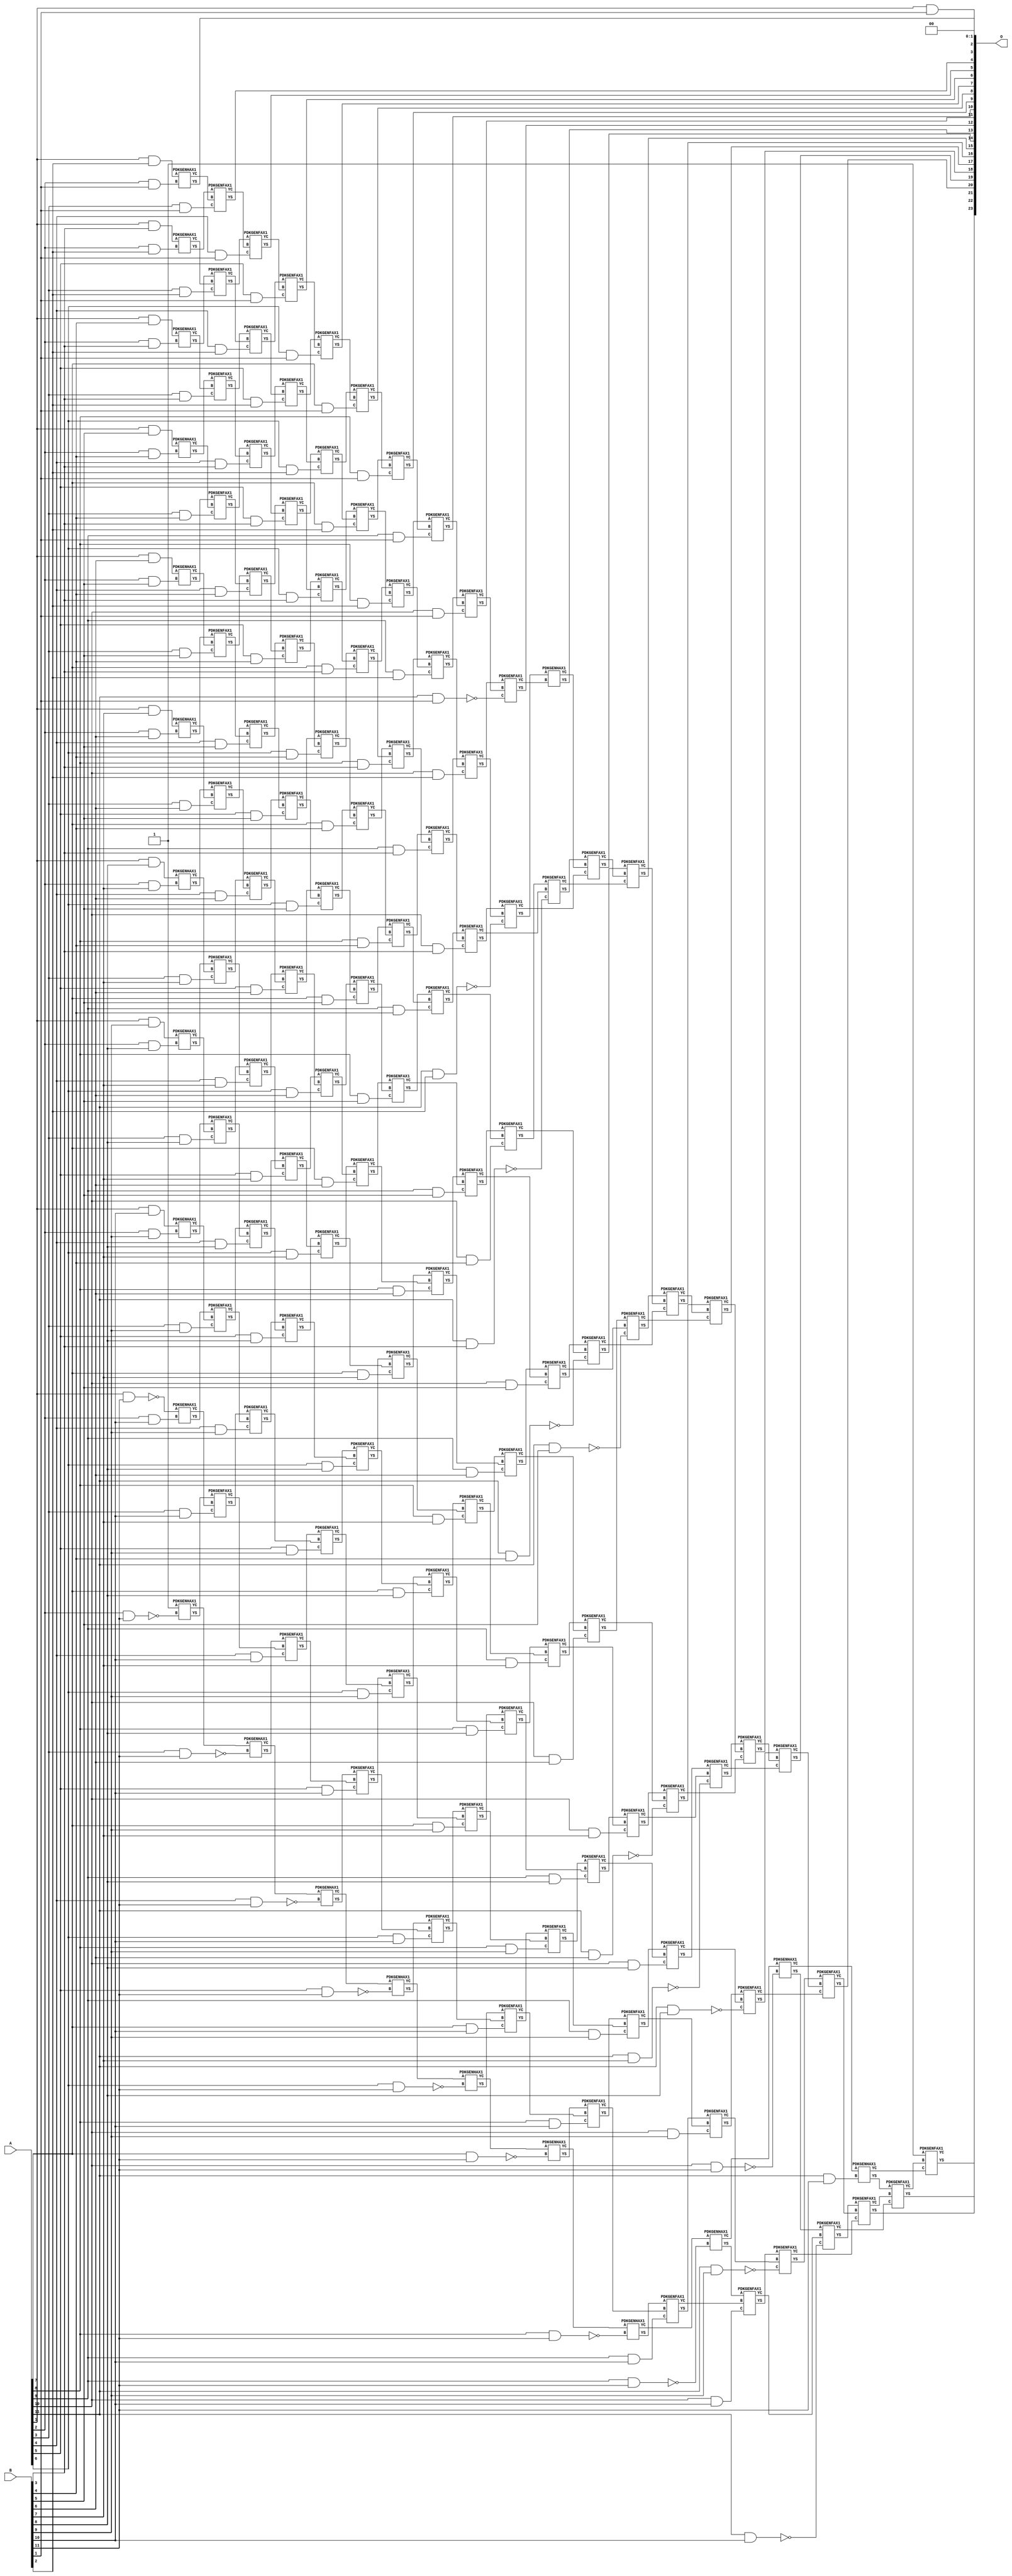
/***
* This code is a part of EvoApproxLib library (ehw.fit.vutbr.cz/approxlib) distributed under The MIT License.
* When used, please cite the following article(s): V. Mrazek, Z. Vasicek, L. Sekanina, H. Jiang and J. Han, "Scalable Construction of Approximate Multipliers With Formally Guaranteed Worst Case Error" in IEEE Transactions on Very Large Scale Integration (VLSI) Systems, vol. 26, no. 11, pp. 2572-2576, Nov. 2018. doi: 10.1109/TVLSI.2018.2856362 
* This file contains a circuit from a sub-set of pareto optimal circuits with respect to the pwr and ep parameters
***/
// MAE% = 0.0051 %
// MAE = 853 
// WCE% = 0.024 %
// WCE = 4095 
// WCRE% = 300.00 %
// EP% = 74.98 %
// MRE% = 0.41 %
// MSE = 13981.017e2 
// PDK45_PWR = 0.965 mW
// PDK45_AREA = 1385.4 um2
// PDK45_DELAY = 2.13 ns


module mul12s_35J ( A, B, O );
  input [11:0] A;
  input [11:0] B;
  output [23:0] O;

  wire C_10_1,C_10_10,C_10_11,C_10_2,C_10_3,C_10_4,C_10_5,C_10_6,C_10_7,C_10_8,C_10_9,C_11_1,C_11_10,C_11_11,C_11_2,C_11_3,C_11_4,C_11_5,C_11_6,C_11_7,C_11_8,C_11_9,C_12_1,C_12_10,C_12_11,C_12_2,C_12_3,C_12_4,C_12_5,C_12_6,C_12_7,C_12_8,C_12_9,C_2_1,C_2_10,C_2_11,C_2_2,C_2_3,C_2_4,C_2_5,C_2_6,C_2_7,C_2_8,C_2_9,C_3_1,C_3_10,C_3_11,C_3_2,C_3_3,C_3_4,C_3_5,C_3_6,C_3_7,C_3_8,C_3_9,C_4_1,C_4_10,C_4_11,C_4_2,C_4_3,C_4_4,C_4_5,C_4_6,C_4_7,C_4_8,C_4_9,C_5_1,C_5_10,C_5_11,C_5_2,C_5_3,C_5_4,C_5_5,C_5_6,C_5_7,C_5_8,C_5_9,C_6_1,C_6_10,C_6_11,C_6_2,C_6_3,C_6_4,C_6_5,C_6_6,C_6_7,C_6_8,C_6_9,C_7_1,C_7_10,C_7_11,C_7_2,C_7_3,C_7_4,C_7_5,C_7_6,C_7_7,C_7_8,C_7_9,C_8_1,C_8_10,C_8_11,C_8_2,C_8_3,C_8_4,C_8_5,C_8_6,C_8_7,C_8_8,C_8_9,C_9_1,C_9_10,C_9_11,C_9_2,C_9_3,C_9_4,C_9_5,C_9_6,C_9_7,C_9_8,C_9_9,S_10_0,S_10_1,S_10_10,S_10_11,S_10_2,S_10_3,S_10_4,S_10_5,S_10_6,S_10_7,S_10_8,S_10_9,S_11_0,S_11_1,S_11_10,S_11_11,S_11_2,S_11_3,S_11_4,S_11_5,S_11_6,S_11_7,S_11_8,S_11_9,S_12_0,S_12_1,S_12_10,S_12_11,S_12_2,S_12_3,S_12_4,S_12_5,S_12_6,S_12_7,S_12_8,S_12_9,S_1_1,S_1_10,S_1_11,S_1_2,S_1_3,S_1_4,S_1_5,S_1_6,S_1_7,S_1_8,S_1_9,S_2_0,S_2_1,S_2_10,S_2_11,S_2_2,S_2_3,S_2_4,S_2_5,S_2_6,S_2_7,S_2_8,S_2_9,S_3_0,S_3_1,S_3_10,S_3_11,S_3_2,S_3_3,S_3_4,S_3_5,S_3_6,S_3_7,S_3_8,S_3_9,S_4_0,S_4_1,S_4_10,S_4_11,S_4_2,S_4_3,S_4_4,S_4_5,S_4_6,S_4_7,S_4_8,S_4_9,S_5_0,S_5_1,S_5_10,S_5_11,S_5_2,S_5_3,S_5_4,S_5_5,S_5_6,S_5_7,S_5_8,S_5_9,S_6_0,S_6_1,S_6_10,S_6_11,S_6_2,S_6_3,S_6_4,S_6_5,S_6_6,S_6_7,S_6_8,S_6_9,S_7_0,S_7_1,S_7_10,S_7_11,S_7_2,S_7_3,S_7_4,S_7_5,S_7_6,S_7_7,S_7_8,S_7_9,S_8_0,S_8_1,S_8_10,S_8_11,S_8_2,S_8_3,S_8_4,S_8_5,S_8_6,S_8_7,S_8_8,S_8_9,S_9_0,S_9_1,S_9_10,S_9_11,S_9_2,S_9_3,S_9_4,S_9_5,S_9_6,S_9_7,S_9_8,S_9_9;

  assign S_1_1 = (A[1] & B[1]);
  assign S_1_2 = (A[1] & B[2]);
  assign S_1_3 = (A[1] & B[3]);
  assign S_1_4 = (A[1] & B[4]);
  assign S_1_5 = (A[1] & B[5]);
  assign S_1_6 = (A[1] & B[6]);
  assign S_1_7 = (A[1] & B[7]);
  assign S_1_8 = (A[1] & B[8]);
  assign S_1_9 = (A[1] & B[9]);
  assign S_1_10 = (A[1] & B[10]);
  assign S_1_11 = ~(A[1] & B[11]);
  assign S_2_0 = S_1_1;
  PDKGENHAX1 U1490 (.A(S_1_2), .B((A[2] & B[1])), .YS(S_2_1), .YC(C_2_1));
  PDKGENHAX1 U1491 (.A(S_1_3), .B((A[2] & B[2])), .YS(S_2_2), .YC(C_2_2));
  PDKGENHAX1 U1492 (.A(S_1_4), .B((A[2] & B[3])), .YS(S_2_3), .YC(C_2_3));
  PDKGENHAX1 U1493 (.A(S_1_5), .B((A[2] & B[4])), .YS(S_2_4), .YC(C_2_4));
  PDKGENHAX1 U1494 (.A(S_1_6), .B((A[2] & B[5])), .YS(S_2_5), .YC(C_2_5));
  PDKGENHAX1 U1495 (.A(S_1_7), .B((A[2] & B[6])), .YS(S_2_6), .YC(C_2_6));
  PDKGENHAX1 U1496 (.A(S_1_8), .B((A[2] & B[7])), .YS(S_2_7), .YC(C_2_7));
  PDKGENHAX1 U1497 (.A(S_1_9), .B((A[2] & B[8])), .YS(S_2_8), .YC(C_2_8));
  PDKGENHAX1 U1498 (.A(S_1_10), .B((A[2] & B[9])), .YS(S_2_9), .YC(C_2_9));
  PDKGENHAX1 U1499 (.A(S_1_11), .B((A[2] & B[10])), .YS(S_2_10), .YC(C_2_10));
  PDKGENHAX1 U1500 (.A(1'b1), .B(~(A[2] & B[11])), .YS(S_2_11), .YC(C_2_11));
  assign S_3_0 = S_2_1;
  PDKGENFAX1 U1502 (.A(S_2_2), .B(C_2_1), .C((A[3] & B[1])), .YS(S_3_1), .YC(C_3_1));
  PDKGENFAX1 U1503 (.A(S_2_3), .B(C_2_2), .C((A[3] & B[2])), .YS(S_3_2), .YC(C_3_2));
  PDKGENFAX1 U1504 (.A(S_2_4), .B(C_2_3), .C((A[3] & B[3])), .YS(S_3_3), .YC(C_3_3));
  PDKGENFAX1 U1505 (.A(S_2_5), .B(C_2_4), .C((A[3] & B[4])), .YS(S_3_4), .YC(C_3_4));
  PDKGENFAX1 U1506 (.A(S_2_6), .B(C_2_5), .C((A[3] & B[5])), .YS(S_3_5), .YC(C_3_5));
  PDKGENFAX1 U1507 (.A(S_2_7), .B(C_2_6), .C((A[3] & B[6])), .YS(S_3_6), .YC(C_3_6));
  PDKGENFAX1 U1508 (.A(S_2_8), .B(C_2_7), .C((A[3] & B[7])), .YS(S_3_7), .YC(C_3_7));
  PDKGENFAX1 U1509 (.A(S_2_9), .B(C_2_8), .C((A[3] & B[8])), .YS(S_3_8), .YC(C_3_8));
  PDKGENFAX1 U1510 (.A(S_2_10), .B(C_2_9), .C((A[3] & B[9])), .YS(S_3_9), .YC(C_3_9));
  PDKGENFAX1 U1511 (.A(S_2_11), .B(C_2_10), .C((A[3] & B[10])), .YS(S_3_10), .YC(C_3_10));
  PDKGENHAX1 U1512 (.A(C_2_11), .B(~(A[3] & B[11])), .YS(S_3_11), .YC(C_3_11));
  assign S_4_0 = S_3_1;
  PDKGENFAX1 U1514 (.A(S_3_2), .B(C_3_1), .C((A[4] & B[1])), .YS(S_4_1), .YC(C_4_1));
  PDKGENFAX1 U1515 (.A(S_3_3), .B(C_3_2), .C((A[4] & B[2])), .YS(S_4_2), .YC(C_4_2));
  PDKGENFAX1 U1516 (.A(S_3_4), .B(C_3_3), .C((A[4] & B[3])), .YS(S_4_3), .YC(C_4_3));
  PDKGENFAX1 U1517 (.A(S_3_5), .B(C_3_4), .C((A[4] & B[4])), .YS(S_4_4), .YC(C_4_4));
  PDKGENFAX1 U1518 (.A(S_3_6), .B(C_3_5), .C((A[4] & B[5])), .YS(S_4_5), .YC(C_4_5));
  PDKGENFAX1 U1519 (.A(S_3_7), .B(C_3_6), .C((A[4] & B[6])), .YS(S_4_6), .YC(C_4_6));
  PDKGENFAX1 U1520 (.A(S_3_8), .B(C_3_7), .C((A[4] & B[7])), .YS(S_4_7), .YC(C_4_7));
  PDKGENFAX1 U1521 (.A(S_3_9), .B(C_3_8), .C((A[4] & B[8])), .YS(S_4_8), .YC(C_4_8));
  PDKGENFAX1 U1522 (.A(S_3_10), .B(C_3_9), .C((A[4] & B[9])), .YS(S_4_9), .YC(C_4_9));
  PDKGENFAX1 U1523 (.A(S_3_11), .B(C_3_10), .C((A[4] & B[10])), .YS(S_4_10), .YC(C_4_10));
  PDKGENHAX1 U1524 (.A(C_3_11), .B(~(A[4] & B[11])), .YS(S_4_11), .YC(C_4_11));
  assign S_5_0 = S_4_1;
  PDKGENFAX1 U1526 (.A(S_4_2), .B(C_4_1), .C((A[5] & B[1])), .YS(S_5_1), .YC(C_5_1));
  PDKGENFAX1 U1527 (.A(S_4_3), .B(C_4_2), .C((A[5] & B[2])), .YS(S_5_2), .YC(C_5_2));
  PDKGENFAX1 U1528 (.A(S_4_4), .B(C_4_3), .C((A[5] & B[3])), .YS(S_5_3), .YC(C_5_3));
  PDKGENFAX1 U1529 (.A(S_4_5), .B(C_4_4), .C((A[5] & B[4])), .YS(S_5_4), .YC(C_5_4));
  PDKGENFAX1 U1530 (.A(S_4_6), .B(C_4_5), .C((A[5] & B[5])), .YS(S_5_5), .YC(C_5_5));
  PDKGENFAX1 U1531 (.A(S_4_7), .B(C_4_6), .C((A[5] & B[6])), .YS(S_5_6), .YC(C_5_6));
  PDKGENFAX1 U1532 (.A(S_4_8), .B(C_4_7), .C((A[5] & B[7])), .YS(S_5_7), .YC(C_5_7));
  PDKGENFAX1 U1533 (.A(S_4_9), .B(C_4_8), .C((A[5] & B[8])), .YS(S_5_8), .YC(C_5_8));
  PDKGENFAX1 U1534 (.A(S_4_10), .B(C_4_9), .C((A[5] & B[9])), .YS(S_5_9), .YC(C_5_9));
  PDKGENFAX1 U1535 (.A(S_4_11), .B(C_4_10), .C((A[5] & B[10])), .YS(S_5_10), .YC(C_5_10));
  PDKGENHAX1 U1536 (.A(C_4_11), .B(~(A[5] & B[11])), .YS(S_5_11), .YC(C_5_11));
  assign S_6_0 = S_5_1;
  PDKGENFAX1 U1538 (.A(S_5_2), .B(C_5_1), .C((A[6] & B[1])), .YS(S_6_1), .YC(C_6_1));
  PDKGENFAX1 U1539 (.A(S_5_3), .B(C_5_2), .C((A[6] & B[2])), .YS(S_6_2), .YC(C_6_2));
  PDKGENFAX1 U1540 (.A(S_5_4), .B(C_5_3), .C((A[6] & B[3])), .YS(S_6_3), .YC(C_6_3));
  PDKGENFAX1 U1541 (.A(S_5_5), .B(C_5_4), .C((A[6] & B[4])), .YS(S_6_4), .YC(C_6_4));
  PDKGENFAX1 U1542 (.A(S_5_6), .B(C_5_5), .C((A[6] & B[5])), .YS(S_6_5), .YC(C_6_5));
  PDKGENFAX1 U1543 (.A(S_5_7), .B(C_5_6), .C((A[6] & B[6])), .YS(S_6_6), .YC(C_6_6));
  PDKGENFAX1 U1544 (.A(S_5_8), .B(C_5_7), .C((A[6] & B[7])), .YS(S_6_7), .YC(C_6_7));
  PDKGENFAX1 U1545 (.A(S_5_9), .B(C_5_8), .C((A[6] & B[8])), .YS(S_6_8), .YC(C_6_8));
  PDKGENFAX1 U1546 (.A(S_5_10), .B(C_5_9), .C((A[6] & B[9])), .YS(S_6_9), .YC(C_6_9));
  PDKGENFAX1 U1547 (.A(S_5_11), .B(C_5_10), .C((A[6] & B[10])), .YS(S_6_10), .YC(C_6_10));
  PDKGENHAX1 U1548 (.A(C_5_11), .B(~(A[6] & B[11])), .YS(S_6_11), .YC(C_6_11));
  assign S_7_0 = S_6_1;
  PDKGENFAX1 U1550 (.A(S_6_2), .B(C_6_1), .C((A[7] & B[1])), .YS(S_7_1), .YC(C_7_1));
  PDKGENFAX1 U1551 (.A(S_6_3), .B(C_6_2), .C((A[7] & B[2])), .YS(S_7_2), .YC(C_7_2));
  PDKGENFAX1 U1552 (.A(S_6_4), .B(C_6_3), .C((A[7] & B[3])), .YS(S_7_3), .YC(C_7_3));
  PDKGENFAX1 U1553 (.A(S_6_5), .B(C_6_4), .C((A[7] & B[4])), .YS(S_7_4), .YC(C_7_4));
  PDKGENFAX1 U1554 (.A(S_6_6), .B(C_6_5), .C((A[7] & B[5])), .YS(S_7_5), .YC(C_7_5));
  PDKGENFAX1 U1555 (.A(S_6_7), .B(C_6_6), .C((A[7] & B[6])), .YS(S_7_6), .YC(C_7_6));
  PDKGENFAX1 U1556 (.A(S_6_8), .B(C_6_7), .C((A[7] & B[7])), .YS(S_7_7), .YC(C_7_7));
  PDKGENFAX1 U1557 (.A(S_6_9), .B(C_6_8), .C((A[7] & B[8])), .YS(S_7_8), .YC(C_7_8));
  PDKGENFAX1 U1558 (.A(S_6_10), .B(C_6_9), .C((A[7] & B[9])), .YS(S_7_9), .YC(C_7_9));
  PDKGENFAX1 U1559 (.A(S_6_11), .B(C_6_10), .C((A[7] & B[10])), .YS(S_7_10), .YC(C_7_10));
  PDKGENHAX1 U1560 (.A(C_6_11), .B(~(A[7] & B[11])), .YS(S_7_11), .YC(C_7_11));
  assign S_8_0 = S_7_1;
  PDKGENFAX1 U1562 (.A(S_7_2), .B(C_7_1), .C((A[8] & B[1])), .YS(S_8_1), .YC(C_8_1));
  PDKGENFAX1 U1563 (.A(S_7_3), .B(C_7_2), .C((A[8] & B[2])), .YS(S_8_2), .YC(C_8_2));
  PDKGENFAX1 U1564 (.A(S_7_4), .B(C_7_3), .C((A[8] & B[3])), .YS(S_8_3), .YC(C_8_3));
  PDKGENFAX1 U1565 (.A(S_7_5), .B(C_7_4), .C((A[8] & B[4])), .YS(S_8_4), .YC(C_8_4));
  PDKGENFAX1 U1566 (.A(S_7_6), .B(C_7_5), .C((A[8] & B[5])), .YS(S_8_5), .YC(C_8_5));
  PDKGENFAX1 U1567 (.A(S_7_7), .B(C_7_6), .C((A[8] & B[6])), .YS(S_8_6), .YC(C_8_6));
  PDKGENFAX1 U1568 (.A(S_7_8), .B(C_7_7), .C((A[8] & B[7])), .YS(S_8_7), .YC(C_8_7));
  PDKGENFAX1 U1569 (.A(S_7_9), .B(C_7_8), .C((A[8] & B[8])), .YS(S_8_8), .YC(C_8_8));
  PDKGENFAX1 U1570 (.A(S_7_10), .B(C_7_9), .C((A[8] & B[9])), .YS(S_8_9), .YC(C_8_9));
  PDKGENFAX1 U1571 (.A(S_7_11), .B(C_7_10), .C((A[8] & B[10])), .YS(S_8_10), .YC(C_8_10));
  PDKGENHAX1 U1572 (.A(C_7_11), .B(~(A[8] & B[11])), .YS(S_8_11), .YC(C_8_11));
  assign S_9_0 = S_8_1;
  PDKGENFAX1 U1574 (.A(S_8_2), .B(C_8_1), .C((A[9] & B[1])), .YS(S_9_1), .YC(C_9_1));
  PDKGENFAX1 U1575 (.A(S_8_3), .B(C_8_2), .C((A[9] & B[2])), .YS(S_9_2), .YC(C_9_2));
  PDKGENFAX1 U1576 (.A(S_8_4), .B(C_8_3), .C((A[9] & B[3])), .YS(S_9_3), .YC(C_9_3));
  PDKGENFAX1 U1577 (.A(S_8_5), .B(C_8_4), .C((A[9] & B[4])), .YS(S_9_4), .YC(C_9_4));
  PDKGENFAX1 U1578 (.A(S_8_6), .B(C_8_5), .C((A[9] & B[5])), .YS(S_9_5), .YC(C_9_5));
  PDKGENFAX1 U1579 (.A(S_8_7), .B(C_8_6), .C((A[9] & B[6])), .YS(S_9_6), .YC(C_9_6));
  PDKGENFAX1 U1580 (.A(S_8_8), .B(C_8_7), .C((A[9] & B[7])), .YS(S_9_7), .YC(C_9_7));
  PDKGENFAX1 U1581 (.A(S_8_9), .B(C_8_8), .C((A[9] & B[8])), .YS(S_9_8), .YC(C_9_8));
  PDKGENFAX1 U1582 (.A(S_8_10), .B(C_8_9), .C((A[9] & B[9])), .YS(S_9_9), .YC(C_9_9));
  PDKGENFAX1 U1583 (.A(S_8_11), .B(C_8_10), .C((A[9] & B[10])), .YS(S_9_10), .YC(C_9_10));
  PDKGENHAX1 U1584 (.A(C_8_11), .B(~(A[9] & B[11])), .YS(S_9_11), .YC(C_9_11));
  assign S_10_0 = S_9_1;
  PDKGENFAX1 U1586 (.A(S_9_2), .B(C_9_1), .C((A[10] & B[1])), .YS(S_10_1), .YC(C_10_1));
  PDKGENFAX1 U1587 (.A(S_9_3), .B(C_9_2), .C((A[10] & B[2])), .YS(S_10_2), .YC(C_10_2));
  PDKGENFAX1 U1588 (.A(S_9_4), .B(C_9_3), .C((A[10] & B[3])), .YS(S_10_3), .YC(C_10_3));
  PDKGENFAX1 U1589 (.A(S_9_5), .B(C_9_4), .C((A[10] & B[4])), .YS(S_10_4), .YC(C_10_4));
  PDKGENFAX1 U1590 (.A(S_9_6), .B(C_9_5), .C((A[10] & B[5])), .YS(S_10_5), .YC(C_10_5));
  PDKGENFAX1 U1591 (.A(S_9_7), .B(C_9_6), .C((A[10] & B[6])), .YS(S_10_6), .YC(C_10_6));
  PDKGENFAX1 U1592 (.A(S_9_8), .B(C_9_7), .C((A[10] & B[7])), .YS(S_10_7), .YC(C_10_7));
  PDKGENFAX1 U1593 (.A(S_9_9), .B(C_9_8), .C((A[10] & B[8])), .YS(S_10_8), .YC(C_10_8));
  PDKGENFAX1 U1594 (.A(S_9_10), .B(C_9_9), .C((A[10] & B[9])), .YS(S_10_9), .YC(C_10_9));
  PDKGENFAX1 U1595 (.A(S_9_11), .B(C_9_10), .C((A[10] & B[10])), .YS(S_10_10), .YC(C_10_10));
  PDKGENHAX1 U1596 (.A(C_9_11), .B(~(A[10] & B[11])), .YS(S_10_11), .YC(C_10_11));
  assign S_11_0 = S_10_1;
  PDKGENFAX1 U1598 (.A(S_10_2), .B(C_10_1), .C(~(A[11] & B[1])), .YS(S_11_1), .YC(C_11_1));
  PDKGENFAX1 U1599 (.A(S_10_3), .B(C_10_2), .C(~(A[11] & B[2])), .YS(S_11_2), .YC(C_11_2));
  PDKGENFAX1 U1600 (.A(S_10_4), .B(C_10_3), .C(~(A[11] & B[3])), .YS(S_11_3), .YC(C_11_3));
  PDKGENFAX1 U1601 (.A(S_10_5), .B(C_10_4), .C(~(A[11] & B[4])), .YS(S_11_4), .YC(C_11_4));
  PDKGENFAX1 U1602 (.A(S_10_6), .B(C_10_5), .C(~(A[11] & B[5])), .YS(S_11_5), .YC(C_11_5));
  PDKGENFAX1 U1603 (.A(S_10_7), .B(C_10_6), .C(~(A[11] & B[6])), .YS(S_11_6), .YC(C_11_6));
  PDKGENFAX1 U1604 (.A(S_10_8), .B(C_10_7), .C(~(A[11] & B[7])), .YS(S_11_7), .YC(C_11_7));
  PDKGENFAX1 U1605 (.A(S_10_9), .B(C_10_8), .C(~(A[11] & B[8])), .YS(S_11_8), .YC(C_11_8));
  PDKGENFAX1 U1606 (.A(S_10_10), .B(C_10_9), .C(~(A[11] & B[9])), .YS(S_11_9), .YC(C_11_9));
  PDKGENFAX1 U1607 (.A(S_10_11), .B(C_10_10), .C(~(A[11] & B[10])), .YS(S_11_10), .YC(C_11_10));
  PDKGENHAX1 U1608 (.A(C_10_11), .B((A[11] & B[11])), .YS(S_11_11), .YC(C_11_11));
  assign S_12_0 = S_11_1;
  PDKGENHAX1 U1610 (.A(S_11_2), .B(C_11_1), .YS(S_12_1), .YC(C_12_1));
  PDKGENFAX1 U1611 (.A(S_11_3), .B(C_12_1), .C(C_11_2), .YS(S_12_2), .YC(C_12_2));
  PDKGENFAX1 U1612 (.A(S_11_4), .B(C_12_2), .C(C_11_3), .YS(S_12_3), .YC(C_12_3));
  PDKGENFAX1 U1613 (.A(S_11_5), .B(C_12_3), .C(C_11_4), .YS(S_12_4), .YC(C_12_4));
  PDKGENFAX1 U1614 (.A(S_11_6), .B(C_12_4), .C(C_11_5), .YS(S_12_5), .YC(C_12_5));
  PDKGENFAX1 U1615 (.A(S_11_7), .B(C_12_5), .C(C_11_6), .YS(S_12_6), .YC(C_12_6));
  PDKGENFAX1 U1616 (.A(S_11_8), .B(C_12_6), .C(C_11_7), .YS(S_12_7), .YC(C_12_7));
  PDKGENFAX1 U1617 (.A(S_11_9), .B(C_12_7), .C(C_11_8), .YS(S_12_8), .YC(C_12_8));
  PDKGENFAX1 U1618 (.A(S_11_10), .B(C_12_8), .C(C_11_9), .YS(S_12_9), .YC(C_12_9));
  PDKGENFAX1 U1619 (.A(S_11_11), .B(C_12_9), .C(C_11_10), .YS(S_12_10), .YC(C_12_10));
  PDKGENFAX1 U1620 (.A(1'b1), .B(C_12_10), .C(C_11_11), .YS(S_12_11), .YC(C_12_11));
  assign O = {S_12_11,S_12_10,S_12_9,S_12_8,S_12_7,S_12_6,S_12_5,S_12_4,S_12_3,S_12_2,S_12_1,S_12_0,S_11_0,S_10_0,S_9_0,S_8_0,S_7_0,S_6_0,S_5_0,S_4_0,S_3_0,S_2_0,1'b0,1'b0};

endmodule

/* mod */
module PDKGENHAX1( input A, input B, output YS, output YC );
    assign YS = A ^ B;
    assign YC = A & B;
endmodule
/* mod */
module PDKGENFAX1( input A, input B, input C, output YS, output YC );
    assign YS = (A ^ B) ^ C;
    assign YC = (A & B) | (B & C) | (A & C);
endmodule